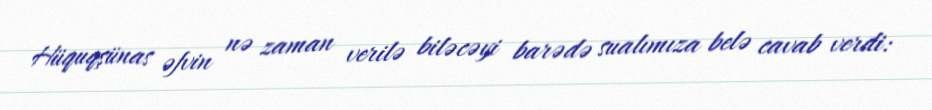
Hüquqşünas əfvin nə zaman verilə biləcəyi barədə sualımıza belə cavab verdi: